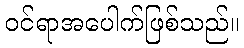
ဝင်ရာအပေါက်ဖြစ်သည်။